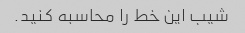
شیب این خط را محاسبه کنید.